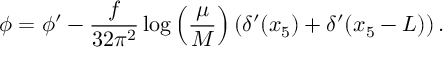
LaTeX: \phi = \phi ^ { \prime } - \frac { f } { 3 2 \pi ^ { 2 } } \log \left( \frac { \mu } { M } \right) ( \delta ^ { \prime } ( x _ { 5 } ) + \delta ^ { \prime } ( x _ { 5 } - L ) ) \, .